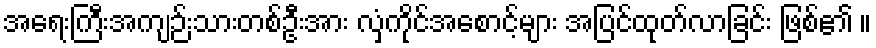
အရေးကြီးအကျဉ်းသားတစ်ဦးအား လှံကိုင်အစောင့်များ အပြင်ထုတ်လာခြင်း ဖြစ်၏ ။